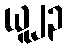
ယူ၂၃